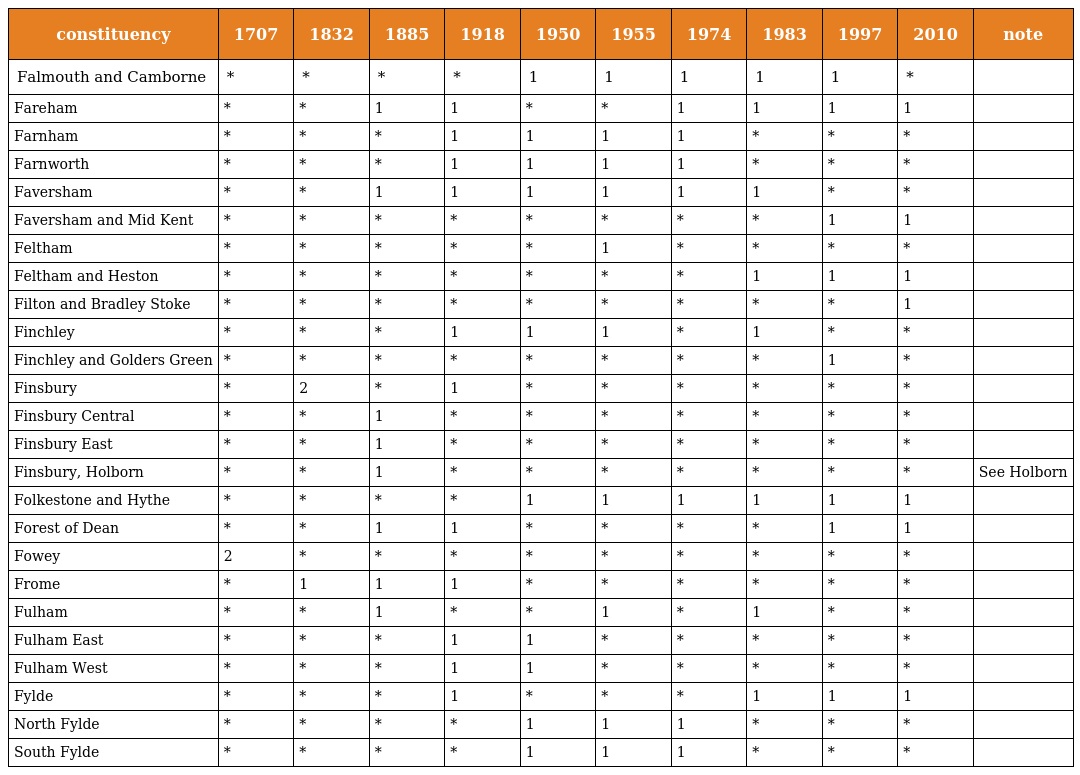
| constituency | 1707 | 1832 | 1885 | 1918 | 1950 | 1955 | 1974 | 1983 | 1997 | 2010 | note |
 | --- | --- | --- | --- | --- | --- | --- | --- | --- | --- | --- | --- |
 | Falmouth and Camborne | * | * | * | * | 1 | 1 | 1 | 1 | 1 | * |  |
 | Fareham | * | * | 1 | 1 | * | * | 1 | 1 | 1 | 1 |  |
 | Farnham | * | * | * | 1 | 1 | 1 | 1 | * | * | * |  |
 | Farnworth | * | * | * | 1 | 1 | 1 | 1 | * | * | * |  |
 | Faversham | * | * | 1 | 1 | 1 | 1 | 1 | 1 | * | * |  |
 | Faversham and Mid Kent | * | * | * | * | * | * | * | * | 1 | 1 |  |
 | Feltham | * | * | * | * | * | 1 | * | * | * | * |  |
 | Feltham and Heston | * | * | * | * | * | * | * | 1 | 1 | 1 |  |
 | Filton and Bradley Stoke | * | * | * | * | * | * | * | * | * | 1 |  |
 | Finchley | * | * | * | 1 | 1 | 1 | * | 1 | * | * |  |
 | Finchley and Golders Green | * | * | * | * | * | * | * | * | 1 | * |  |
 | Finsbury | * | 2 | * | 1 | * | * | * | * | * | * |  |
 | Finsbury Central | * | * | 1 | * | * | * | * | * | * | * |  |
 | Finsbury East | * | * | 1 | * | * | * | * | * | * | * |  |
 | Finsbury, Holborn | * | * | 1 | * | * | * | * | * | * | * | See Holborn |
 | Folkestone and Hythe | * | * | * | * | 1 | 1 | 1 | 1 | 1 | 1 |  |
 | Forest of Dean | * | * | 1 | 1 | * | * | * | * | 1 | 1 |  |
 | Fowey | 2 | * | * | * | * | * | * | * | * | * |  |
 | Frome | * | 1 | 1 | 1 | * | * | * | * | * | * |  |
 | Fulham | * | * | 1 | * | * | 1 | * | 1 | * | * |  |
 | Fulham East | * | * | * | 1 | 1 | * | * | * | * | * |  |
 | Fulham West | * | * | * | 1 | 1 | * | * | * | * | * |  |
 | Fylde | * | * | * | 1 | * | * | * | 1 | 1 | 1 |  |
 | North Fylde | * | * | * | * | 1 | 1 | 1 | * | * | * |  |
 | South Fylde | * | * | * | * | 1 | 1 | 1 | * | * | * |  |